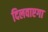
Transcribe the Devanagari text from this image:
दिलवाएगा